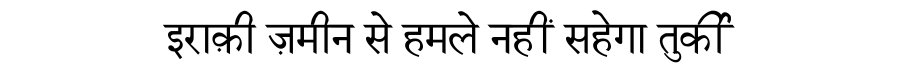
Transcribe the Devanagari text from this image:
इराक़ी ज़मीन से हमले नहीं सहेगा तुर्की